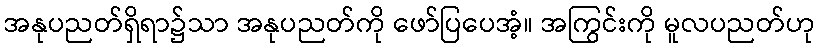
အနုပညတ်ရှိရာ၌သာ အနုပညတ်ကို ဖော်ပြပေအံ့။ အကြွင်းကို မူလပညတ်ဟု